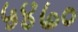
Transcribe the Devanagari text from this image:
५४७०